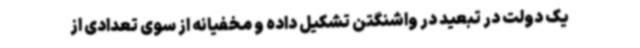
یک دولت در تبعید در واشنگتن تشکیل داده و مخفیانه از سوی تعدادی از